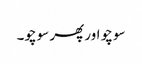
سوچو اور پھر سوچو۔